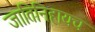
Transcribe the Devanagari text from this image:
जातिनिहायच